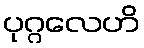
ပုဂ္ဂလေဟိ